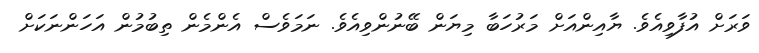
ވަރަށް އުފާވިއެވެ. ޔާއިންއަށް މަރުހަބާ މިޔަން ބޭނުންވިއެވެ. ނަމަވެސް އެންމެން ތިބުމުން އަހަންނަކަށް